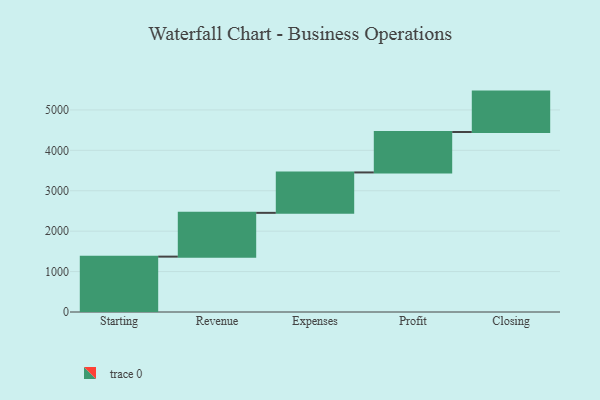
{"axis": {"x": "Step", "y": "Value"}, "legend": [""], "data": [{"x": "Starting", "y": 1370.0, "type": ""}, {"x": "Revenue", "y": 1083.0, "type": ""}, {"x": "Expenses", "y": 1000, "type": ""}, {"x": "Profit", "y": 1000, "type": ""}, {"x": "Closing", "y": 1000, "type": ""}]}